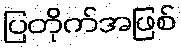
ပြတိုက်အဖြစ်